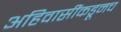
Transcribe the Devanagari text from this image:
अहिवासींकडूनच